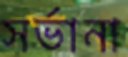
সর্ভানা